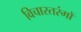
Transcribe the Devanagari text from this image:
विचारतरंगों